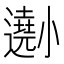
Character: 𡮾